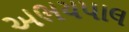
અભયપાલ